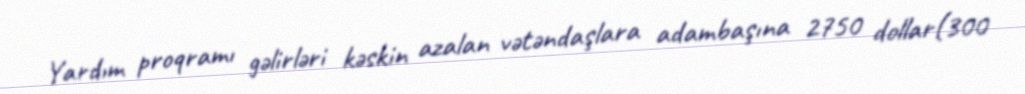
Yardım proqramı gəlirləri kəskin azalan vətəndaşlara adambaşına 2750 dollar(300